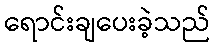
ရောင်းချပေးခဲ့သည်